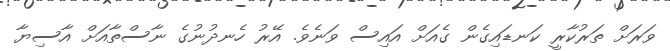
ވަރަށް ތަރުކާރީ ކަނޑައިގެން ގެއަށް އައިސް ވަނެވެ. އޭރު ހެނދުނުގެ ނާސްތާއަށް އާސިޔާ